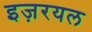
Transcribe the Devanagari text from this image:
इज़रयल